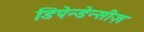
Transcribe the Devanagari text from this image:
डिपेन्डेन्सीज़